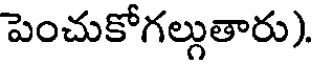
పెంచుకోగల్లుతారు).